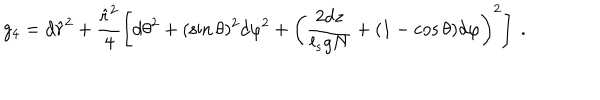
g _ { 4 } = d \hat { r } ^ { 2 } + \frac { \hat { r } ^ { 2 } } { 4 } \left[ d \theta ^ { 2 } + ( \sin \theta ) ^ { 2 } d \varphi ^ { 2 } + \left( \frac { 2 d z } { l _ { s } g N } + ( 1 - \cos \theta ) d \varphi \right) ^ { 2 } \right] ~ .